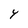
Character: Y